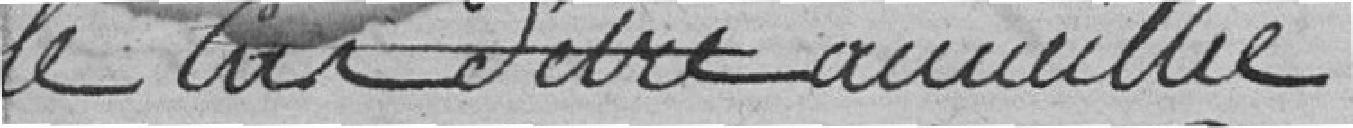
le cas d'être accueillie.